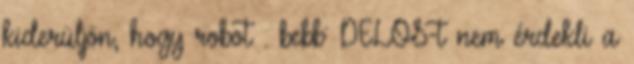
kiderüljön, hogy robot . bebb: DELOS-t nem érdekli a